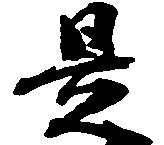
是